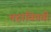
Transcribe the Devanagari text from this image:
चहाविषयी